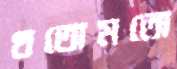
থতোমতো